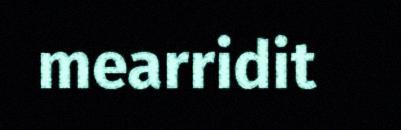
mearridit